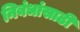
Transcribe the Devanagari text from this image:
निबंधांसाठी